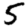
Digit: 5